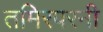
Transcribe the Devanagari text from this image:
तमिरपरनी